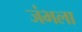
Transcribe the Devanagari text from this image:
जंभला